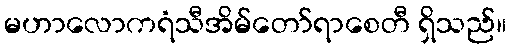
မဟာလောကရံသီအိမ်တော်ရာစေတီ ရှိသည်။